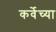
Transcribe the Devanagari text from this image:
कर्वेच्या